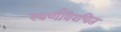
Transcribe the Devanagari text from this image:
स्वर्णविरचित